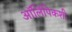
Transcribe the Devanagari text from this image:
ऑलिंपिकशी